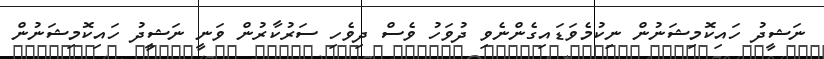
ނަޝީދު ހައިކޮމިޝަނުން ނިކުމެވަޑައިގެންނެވި ދުވަހު ވެސް ދިވެހި ސަރުކާރުން ވަނީ ނަޝީދު ހައިކޮމިޝަނުން